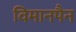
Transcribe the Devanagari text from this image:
विमानपैन